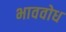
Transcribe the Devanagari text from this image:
भाववोध